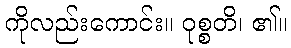
ကိုလည်းကောင်း။ ဝုစ္စတိ၊ ၏။